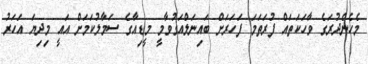
މެހެންދުރަގެ ވާހަކަތައް ފުރަތަމަ ފަހަރަށް ބައިނަލްއަގުވާމީ މީޑިއާގެ ސަމާލުކަމަށް އައީ މިދިޔަ އަހަރު